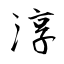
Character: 淳